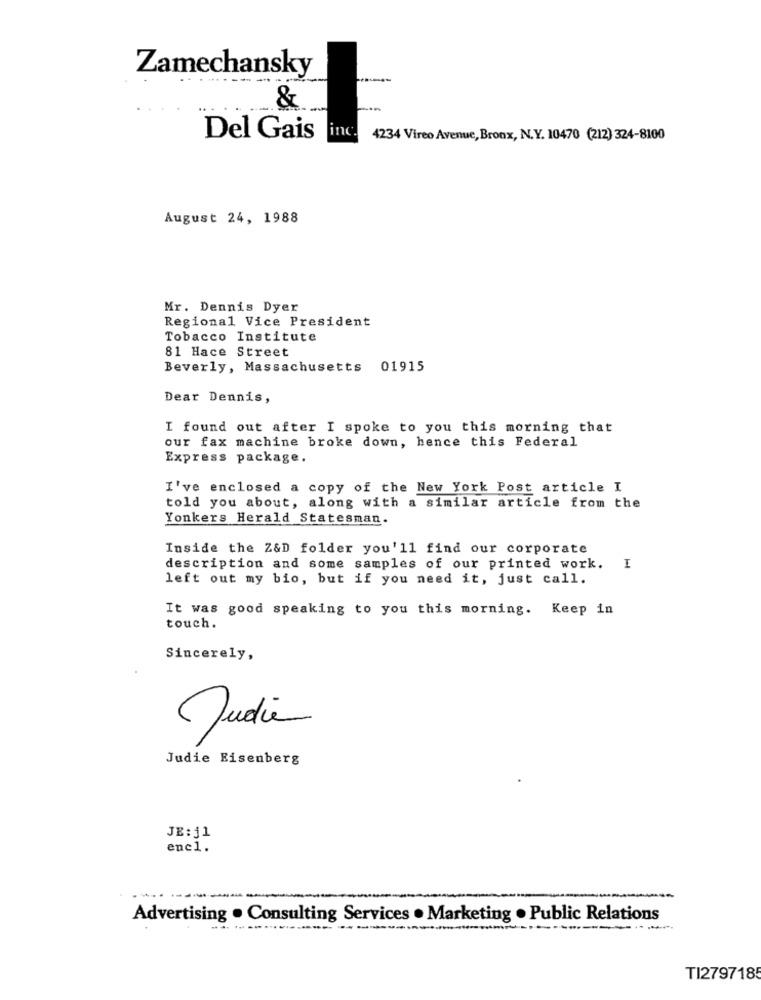
Zamechansky
&
Del Gais
inc. 4234 Vireo Avenue, Bronx, N.Y. 10470 (212) 324-8100
August 24, 1988
Mr. Dennis Dyer
Regional Vice President
Tobacco Institute
81 Hace Street
Beverly, Massachusetts 01915
Dear Dennis,
I found out after I spoke to you this morning that
our fax machine broke down, hence this Federal
Express package.
I've enclosed a copy of the New York Post article I
told you about, along with a similar article from the
Yonkers Herald Statesman.
Inside the Z&D folder you'll find our corporate
description and some samples of our printed work. I
left out my bio, but if you need it, just call.
It was good speaking to you this morning. Keep in
touch.
Sincerely,
Judie
Judie Eisenberg
JE:51
enc1.
Advertising . Consulting Services . Marketing . Public Relations
---
----
...
TI279718